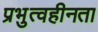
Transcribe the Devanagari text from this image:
प्रभुत्वहीनता